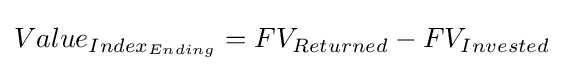
Value_{Index_{Ending}}=FV_{Returned}-FV_{Invested}